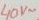
Text: 40V~